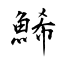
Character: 鯑